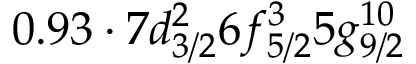
0 . 9 3 \cdot 7 d _ { 3 / 2 } ^ { 2 } 6 f _ { 5 / 2 } ^ { 3 } 5 g _ { 9 / 2 } ^ { 1 0 }